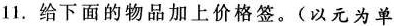
11.给下面的物品加上价格签。(以元为单